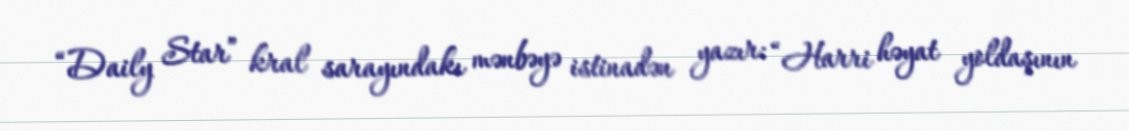
“Daily Star” kral sarayındakı mənbəyə istinadən yazır: “Harri həyat yoldaşının